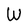
Character: W